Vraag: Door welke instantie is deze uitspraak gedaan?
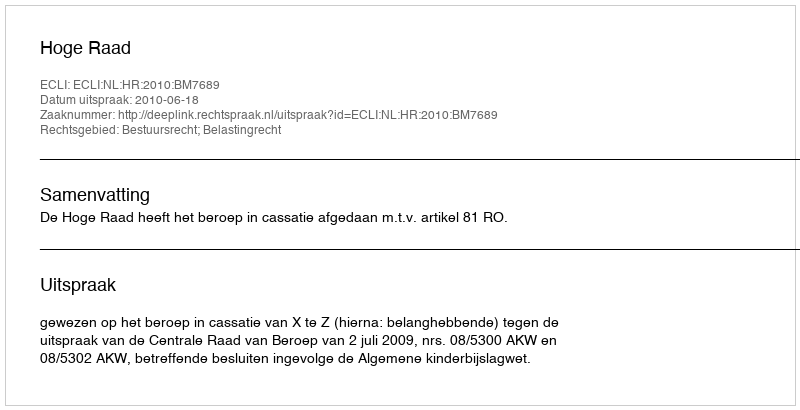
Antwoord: Hoge Raad